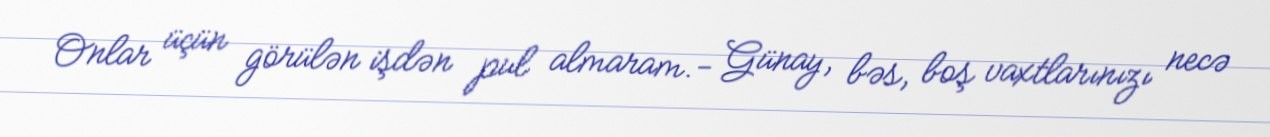
Onlar üçün görülən işdən pul almaram.- Günay, bəs, boş vaxtlarınızı necə